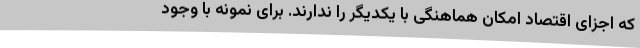
که اجزای اقتصاد امکان هماهنگی با یکدیگر را ندارند. برای نمونه با وجود